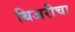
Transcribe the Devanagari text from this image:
थिअरीचा